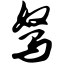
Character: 驽